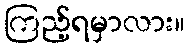
ကြည့်ရမှာလား။